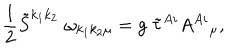
\frac { 1 } { 2 } \tilde { S } ^ { k _ { 1 } k _ { 2 } } \; \omega _ { k _ { 1 } k _ { 2 } \mu } = g \; \tilde { \tau } ^ { A i } A ^ { A i } { } _ { \mu } ,